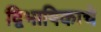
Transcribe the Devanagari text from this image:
द्विभाषिकाचे